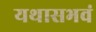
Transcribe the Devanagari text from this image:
यथासभवं